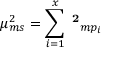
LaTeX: \mu _ { m s } ^ { 2 } = \sum _ { i = 1 } ^ { x } \mathbf { \mu ^ { 2 } } _ { m p _ { i } }